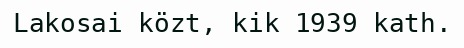
Lakosai közt, kik 1939 kath.